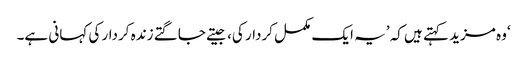
‘وہ مزید کہتے ہیں کہ ’یہ ایک مکمل کردار کی، جیتے جاگتے زندہ کردار کی کہانی ہے۔